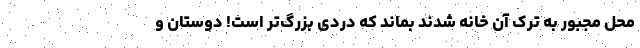
محل مجبور به ترک آن خانه شدند بماند که دردی بزرگ‌تر است! دوستان و